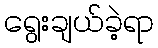
ရွေးချယ်ခဲ့ရာ